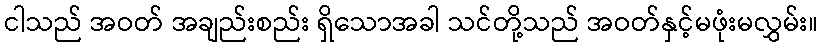
ငါသည် အဝတ် အချည်းစည်း ရှိသောအခါ သင်တို့သည် အဝတ်နှင့်မဖုံးမလွှမ်း။